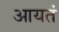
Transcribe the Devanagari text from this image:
आयतं